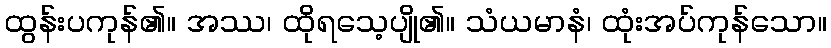
ထွန်းပကုန်၏။ အဿ၊ ထိုရသေ့ပျို၏။ သံယမာနံ၊ ထုံးအပ်ကုန်သော။